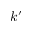
k ^ { \prime }